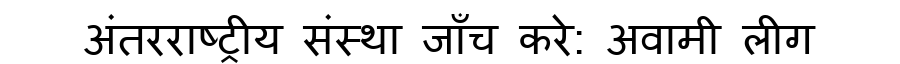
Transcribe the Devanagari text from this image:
अंतरराष्ट्रीय संस्था जाँच करे: अवामी लीग